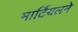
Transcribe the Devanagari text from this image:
मार्टियलने